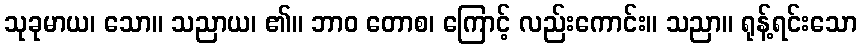
သုခုမာယ၊ သော။ သညာယ၊ ၏။ ဘာဝ တောစ၊ ကြောင့် လည်းကောင်း။ သညာ။ ရုန့်ရင်းသော